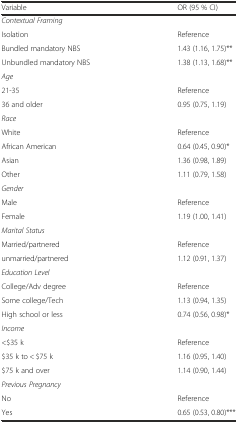
| Variable | OR (95 % CI) |
 | --- | --- |
 | Contextual Framing |  |
 | Isolation | Reference |
 | Bundled mandatory NBS | 1.43 (1.16, 1.75)** |
 | Unbundled mandatory NBS | 1.38 (1.13, 1.68)** |
 | Age |  |
 | 21-35 | Reference |
 | 36 and older | 0.95 (0.75, 1.19) |
 | Race |  |
 | White | Reference |
 | African American | 0.64 (0.45, 0.90)* |
 | Asian | 1.36 (0.98, 1.89) |
 | Other | 1.11 (0.79, 1.58) |
 | Gender |  |
 | Male | Reference |
 | Female | 1.19 (1.00, 1.41) |
 | Marital Status |  |
 | Married/partnered | Reference |
 | unmarried/partnered | 1.12 (0.91, 1.37) |
 | Education Level |  |
 | College/Adv degree | Reference |
 | Some college/Tech | 1.13 (0.94, 1.35) |
 | High school or less | 0.74 (0.56, 0.98)* |
 | Income |  |
 | <$35 k | Reference |
 | $35 k to < $75 k | 1.16 (0.95, 1.40) |
 | $75 k and over | 1.14 (0.90, 1.44) |
 | Previous Pregnancy |  |
 | No | Reference |
 | Yes | 0.65 (0.53, 0.80)*** |